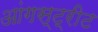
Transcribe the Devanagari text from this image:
आंगस्ट्रीट